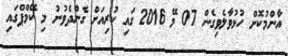
އާންމުކޮށް ހުޅުވާލެވިގެން 07 މޭ 2016 ގައި ކުރިއަށް ގެންދެވުނު މި ކޭމްޕްގައި